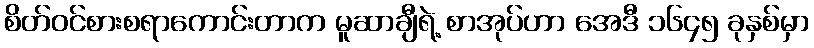
စိတ်ဝင်စားစရာကောင်းတာက မူဆာချီရဲ့ စာအုပ်ဟာ အေဒီ ၁၆၄၅ ခုနှစ်မှာ